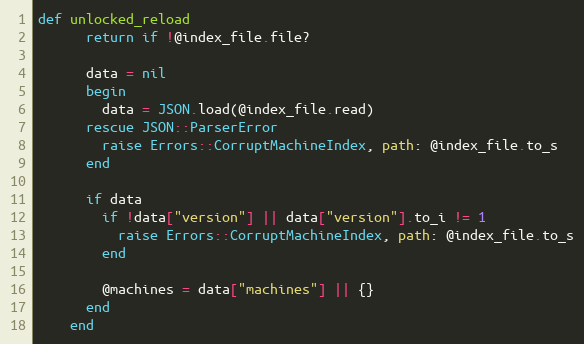
Language: Ruby
def unlocked_reload
      return if !@index_file.file?

      data = nil
      begin
        data = JSON.load(@index_file.read)
      rescue JSON::ParserError
        raise Errors::CorruptMachineIndex, path: @index_file.to_s
      end

      if data
        if !data["version"] || data["version"].to_i != 1
          raise Errors::CorruptMachineIndex, path: @index_file.to_s
        end

        @machines = data["machines"] || {}
      end
    end